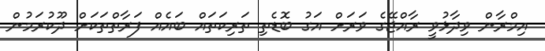
އިމްރާން ވިދާޅުވީ ރާއްޖޭގެ ވަރަށް އަގު ބޮޑެތި ތަރިކަތައް ބައެއް ފަރާތްތަކަށް ދޫކުރަމުން